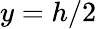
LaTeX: y=h/2